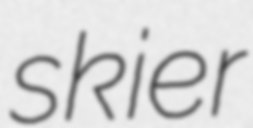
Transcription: skier